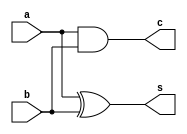
`timescale 1ns / 1ps
//////////////////////////////////////////////////////////////////////////////////
// Company: 
// Engineer: 
// 
// Design Name: 
// Module Name: HalfAdder
// Project Name: 
// Target Devices: 
// Tool Versions: 
// Description: 
// 
// Dependencies: 
// 
// Revision:
// Revision 0.01 - File Created
// Additional Comments:
// 
//////////////////////////////////////////////////////////////////////////////////


module HalfAdder(a,b,s,c);
    input a,b;
    output s,c;
    assign #10 s=a^b;
    assign #5 c=a&b;
endmodule